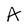
Character: A